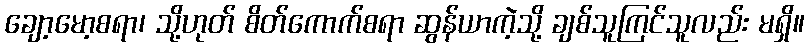
ချော့မော့စရာ၊ သို့ဟုတ် စိတ်ကောက်စရာ ဆွန်ယာကဲ့သို့ ချစ်သူကြင်သူလည်း မရှိ။